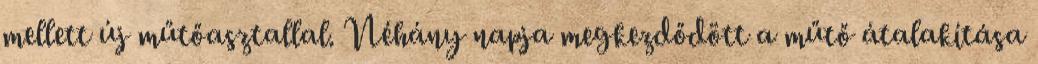
mellett új műtőasztallal. Néhány napja megkezdődött a műtő átalakítása